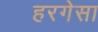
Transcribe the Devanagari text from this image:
हरगेसा